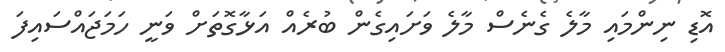
އޮޑި ނިންމައި މާލެ ގެނެސް މާލެ ވަށައިގެން ބުރެއް އަޅާގޮތަށް ވަނީ ހަމަޖައްސައިފަ